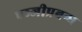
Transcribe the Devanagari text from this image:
पञ्जीप्रबन्ध